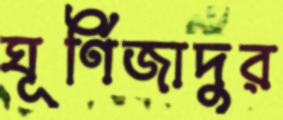
ঘূর্ণিজাদুর